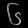
Digit: ၆